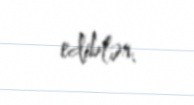
ediblər.